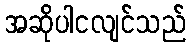
အဆိုပါငလျင်သည်